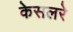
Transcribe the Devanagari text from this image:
केसलरे